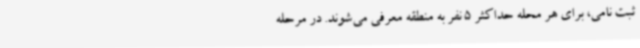
ثبت نامی، برای هر محله حداکثر 5 نفر به منطقه معرفی می‌شوند. در مرحله